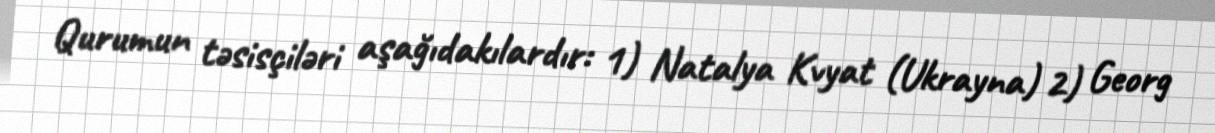
Qurumun təsisçiləri aşağıdakılardır: 1) Natalya Kvyat (Ukrayna) 2) Georg